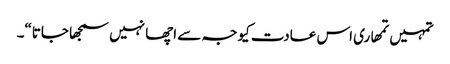
تمہیں تمھاری اس عادت کیوجہ سے اچھا نہیں سمجھا جاتا“۔